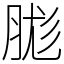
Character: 䏵